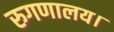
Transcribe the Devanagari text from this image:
रुगणालय।